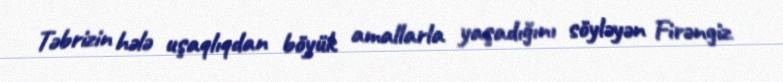
Təbrizin hələ uşaqlıqdan böyük amallarla yaşadığını söyləyən Firəngiz